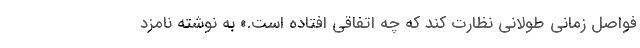
فواصل زمانی طولانی نظارت کند که چه اتفاقی افتاده است.» به نوشته نامزد